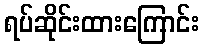
ရပ်ဆိုင်းထားကြောင်း